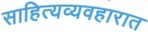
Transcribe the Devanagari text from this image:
साहित्यव्यवहारात